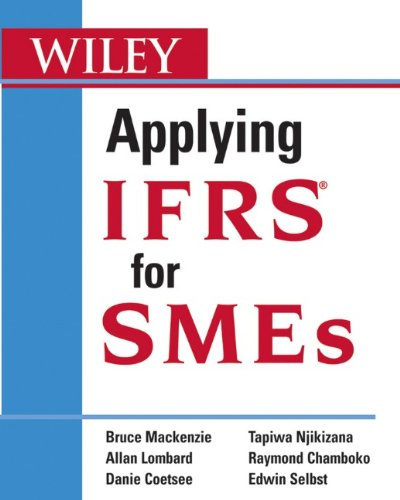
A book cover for Applying IFRS for SMEs; Bruce Mackenzie; Business & Money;